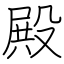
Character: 殿